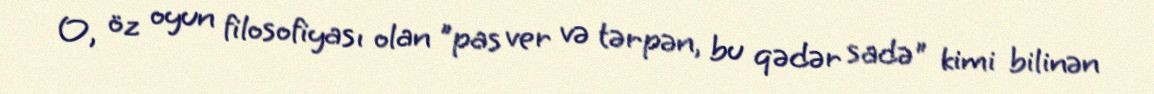
O, öz oyun filosofiyası olan "pas ver və tərpən, bu qədər sadə" kimi bilinən